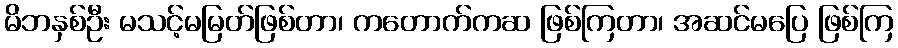
မိဘနှစ်ဦး မသင့်မမြတ်ဖြစ်တာ၊ ကတောက်ကဆ ဖြစ်ကြတာ၊ အဆင်မပြေ ဖြစ်ကြ